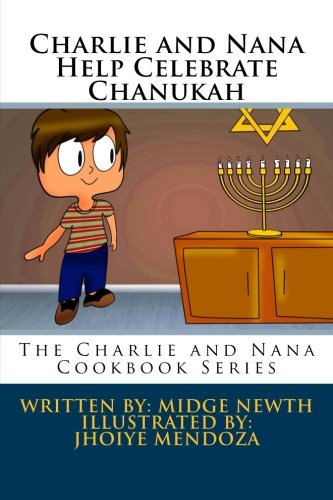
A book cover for Charlie and Nana Help Celebrate Chanukah: The Charlie and Nana Cookbook Series (Volume 3); Midge Newth; Cookbooks, Food & Wine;